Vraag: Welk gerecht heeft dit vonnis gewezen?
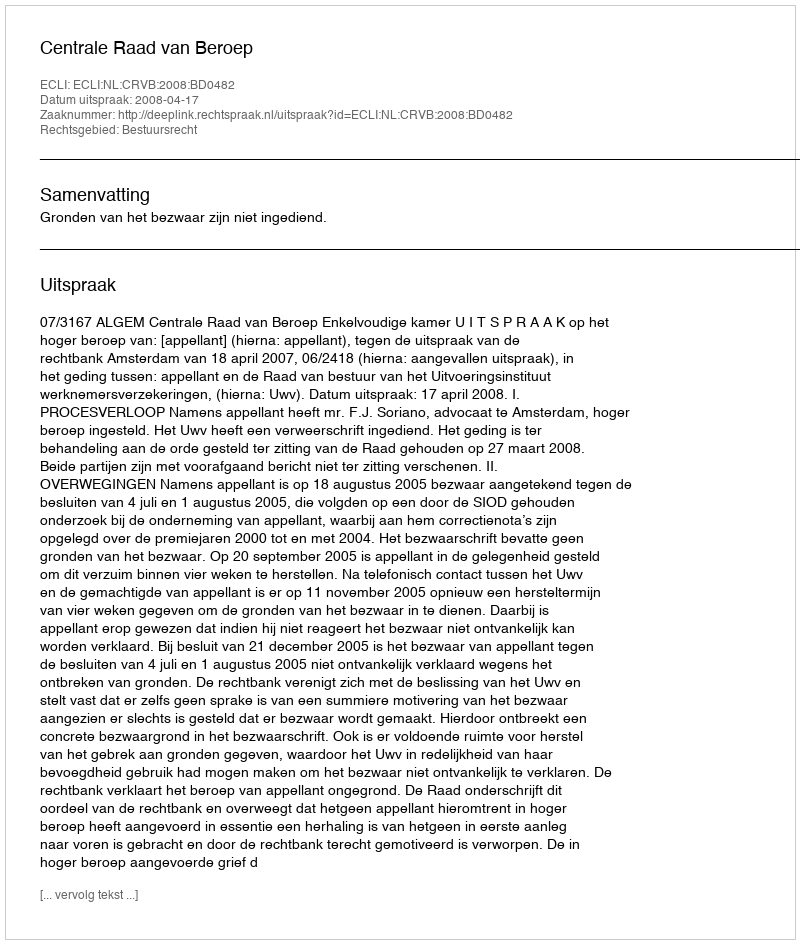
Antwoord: Centrale Raad van Beroep